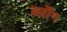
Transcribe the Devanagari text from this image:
ब्लोंग